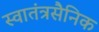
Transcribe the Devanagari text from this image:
स्वातंत्रसैनिक